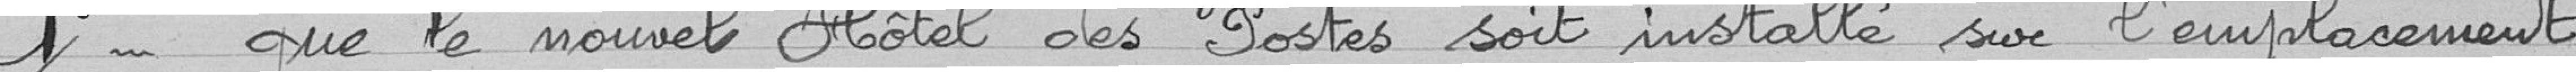
1°- que le nouvel Hôtel des Postes soit installé sur l'emplacement